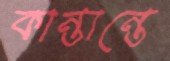
কান্তান্তে